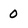
Character: 0